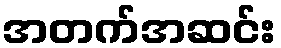
အတက်အဆင်း